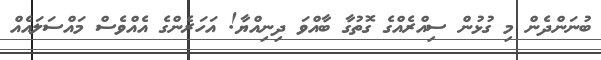
ބުނަންދެން މި ގުޅުން ސިއްރެއްގެ ގޮތުގާ ބާއްވަ ދިނިއްޔާ! އަހަރެންގެ އެއްވެސް މައްސަލައެއް